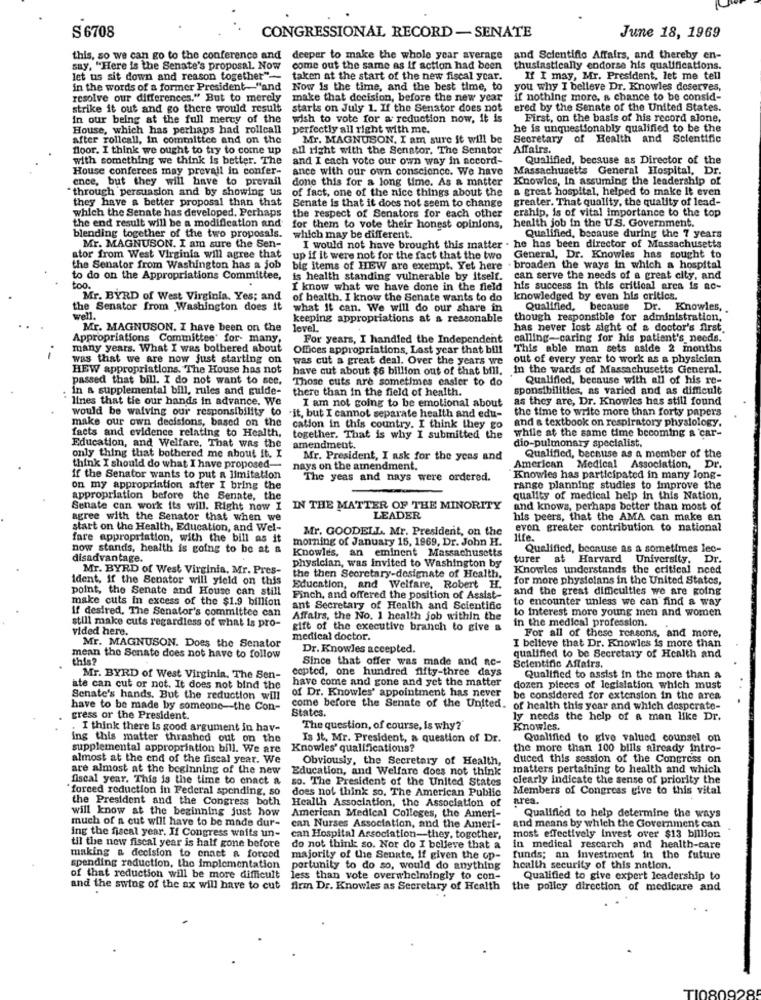
June 18, 1969
S 6708
CONGRESSIONAL RECORD-SENATE
this, so we can go to the conference and deeper to make the whole year average
and Scientific Affairs, and thereby en-
say, "Here is the Senate's proposal. Now
come out the same as if action had been
thusiastically endorse his qualifications.
let us sit down and reason together"-
taken at the start of the new fiscal year.
If I may, Mr. President, let me tell
in the words of a former President-"and
Now is the time, and the best time, to
you why I belleve Dr. Knowles deserves,
resolve our differences." But to merely
make that decision, before the new year
if nothing more, a chance to be consid-
strike it out and go there would result
starts on July 1. If the Senator does not
ered by the Senate of the United States.
in our being at the full mercy of the
wish to vote for a reduction now, it is
First, on the basis of his record alone,
House, which has perhaps had rollcall
perfectly all right with me.
he is unquestionably qualified to be the
after rollcall, In committee and on the
Mr. MAGNUSON. I am sure it will be
Secretary of Health and Scientific
floor. I think we ought to try to come up
all right with the Senator. The Senator
Affairs.
with something we think is better. The
and I each vote our own way in accord-
Qualified, because as Director of the
House conferces may prevall in confer-
ance with our own conscience. We have
Massachusetts General Hospital, Dr.
ence, but they will have to prevail
done this for a long time. As a matter
Knowles, In assuming the leadership of
"through persuasion and by showing us
of fact, one of the nice things about the
a great hospital, helped to make It even
they have a better proposal than that
Senate is that it does not seem to change
greater. That quality, the quality of lead-
which the Senate has developed. Perhaps
erahip, is of vital importance to the top
the end result will be a modification and
the respect of Senators for each other
health job in the U.S. Government.
for them to vote their honest opinions,
blending together of the two proposals.
which may be different.
Qualified, because during the 7 years
Mr. MAGNUSON. I am sure the Sen-
I would not have brought this matter . he has been director of Massachusetts
stor from West Virginia will agree that
up if it were not for the fact that the two
General, Dr. Knowles has sought to
the Senator from Washington has a job
big items of HEW are exempt. Yet here . broaden the ways in which a hospital
to do on the Appropriations Committee,
is health standing vulnerable by itself.
can serve the needs of a great city, and
too.
I know what we have done in the field
his success in this critical area is ac-
Mr. BYRD of West Virginia. Yes; and
of health. I know the Senate wants to do
knowledged by even his critics.
the Senator from Washington does it
what it can. We will do our share in
Qualified,
because
Dr. Knowles,
well .
keeping appropriations at a reasonable
though responsible for administration,
Mr. MAGNUSON. I have been on the
level
has never lost sight of a doctor's first.
Appropriations Committee' for many.
For years, I handled the Independent
For years, I handled the Independent calling-caring for his patient's needs.
many years. What I was bothered about
Offices appropriations, Last year that bill This able man sets aside 2 months
Offices appropriations, Last year that bill
This able man sets aside 2 months
was that we are now just starting on
was cut a great deal. Over the years we
out of every year to work as a physician
HEW appropriations. The House has not
have cut about $6 billion out of that bill.
In the wards of Massachusetts General.
passed that bill. I do not want to see,
Those cuts are sometimes easier to do
Qualified, because with all of his re-
in a supplemental bill, rules and guide-
there than in the field of health.
sponsibilitics, as varied and as difficult
lines that tie our hands in advance. We
I am not going to be emotional about
as they are, Dr. Knowles has still found
would be waiving our responsibility to
the time to write more than forty papers
make our own decisions, based on the
"it, but I cannot separate health and edu-
and a textbook on respiratory physiology.
cation in this country. I think they go
facts and evidence relating to Health,
Education, and Welfare, That was the
together. That is why I submitted the
while at the same time becoming a car-
dio-pulmonary specialist.
amendment.
only thing that bothered me about it. I
Mr. President, I ask for the yeas and
Qualified, because as a member of the
think I should do what I have proposed-
nays on the amendment.
American Medical Association,
Dr .
if the Senator wants to put a limitation
The yeas and nays were ordered.
Knowles has participated in many long-
on my appropriation after I bring the
range planning studies to Improve the
appropriation before the Senate, the
quality of medical help in this Nation,
Senate can work its will. Right now I
IN THE MATTER OF THE MINORITY
and knows, perhaps better than most of
agree with the Senator that when we
LEADER
his peers, that the AMA can make an
start on the Health, Education, and Wel-
Mr. GOODELL. Mr. President, on the
even greater contribution to national
fare appropriation, with the bill as it
morning of January 15, 1969, Dr. John H.
life.
now stands, health is going to be at a
Knowles, an eminent Massachusetts
Qualified, because as a sometimes lec-
disadvantage.
physician, was invited to Washington by
turer at Harvard University,
Dr.
Mr. BYRD of West Virginia, Mr. Pres-
Knowles understands the critical need
ident, if the Senator will yield on this
the then Secretary-designate of Health,
for more physicians in the United States,
point, the Senate and House can still
Education, and Welfare, Robert H.
and the great difficulties we are going
make cuts in excess of the $1.9 billion
Finch, and offered the position of Assist-
to encounter unless we can find a way
if desired. The Senator's committee can
ant Secretary of Health and Scientific
Affairs, the No. 1 health job within the
in the medical profession.
to interest more young men and women
still make cuts regardless of what is pro-
vided here.
gift of the executive branch to give a
For all of these reasons, and more,
medical doctor.
Mr. MAGNUSON. Does the Senator
Dr. Knowles accepted.
I believe that Dr. Knowles is more than
this?
mean the Senate does not have to follow
Since that offer was made and ac-
qualified to be Secretary of Health and
copted, one hundred fifty-three days
Scientific Affairs.
Mr. BYRD of West Virginia. The Sen-
have come and gone and yet the matter
Qualified to assist in the more than a
ate can cut or not. It does not bind the
of Dr. Knowles' appointment has never
dozen pieces of legislation which must
Schate's hands. But the reduction will
be considered for extension in the area
have to be made by someone-the Con-
come before the Senate of the United. of health this year and which dosporate-
States.
gress or the President.
ly needs the help of a man like Dr.
. I think there is good argument in hav-
The question, of course, is why?"
Knowles.
ing this matter thrashed out on the
Is It. Mr. President, a question of Dr.
Qualified to give valued counsel on
supplemental appropriation bill. We are
Knowles' qualifications?
the more than 100 bills already intro-
almost at the end of the fiscal year. We
Obviously, the Secretary of Health,
duced this session of the Congress on
are almost at the beginning of the new
Education, and Welfare does not think
matters pertaining to health and which
fiscal year. This is the time to onact a
so. The President of the United States
clearly indicate the sense of priority the
forced reduction in Federal spending, so
does not think so. The American Public
Members of Congress give to this vital
the President and the Congress both
Health Association, the Association of
area.
will know at the beginning just how
American Medical Colleges, the Ameri-
much of a cut will have to be made dur-
Qualified to help determine the ways
ing the fiscal year. If Congress waits un-
can Nurses Association, and the Ameri-
and means by which the Government can
can Hospital Association-they, together,
most effectively invest over $13 billion
til the new fiscal year is half gone before
do not think so. Nor do I believe that a
in medical rescarch and health-care
making a decision to enact & forced
majority of the Senate, If given the op- funds; an investment in the
funds; an Investment in the future
spending reduction, the implementation
portunity to do so, would do anything
health security of this nation.
of that reduction will be more difficult less than vote overwhelmingly to con-
Qualified to give expert leadership to
and the swing of the ax will have to cut
firm Dr. Knowles as Secretary of Health
the policy direction of medicare and